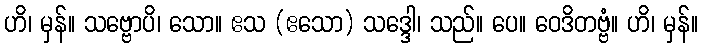
ဟိ၊ မှန်။ သဗ္ဗောပိ၊ သော။ ဧသ (ဧသော) သဒ္ဒေါ၊ သည်။ ပေ။ ဝေဒိတဗ္ဗံ။ ဟိ၊ မှန်။